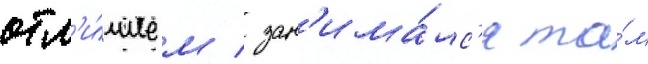
отл'и́чием / зан'има́лс'я та́м